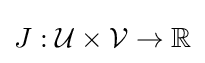
J:{\mathcal {U}}\times {\mathcal {V}}\to \mathbb {R}